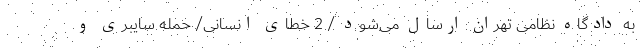
به دادگاه نظامی تهران ارسال می‌شود / 2 خطای انسانی/ حمله سایبری و